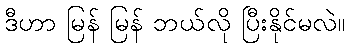
ဒီဟာ မြန် မြန် ဘယ်လို ပြီးနိုင်မလဲ။